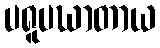
ပရူပဃာတာယ